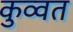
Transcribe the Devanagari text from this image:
कुव्‍वत